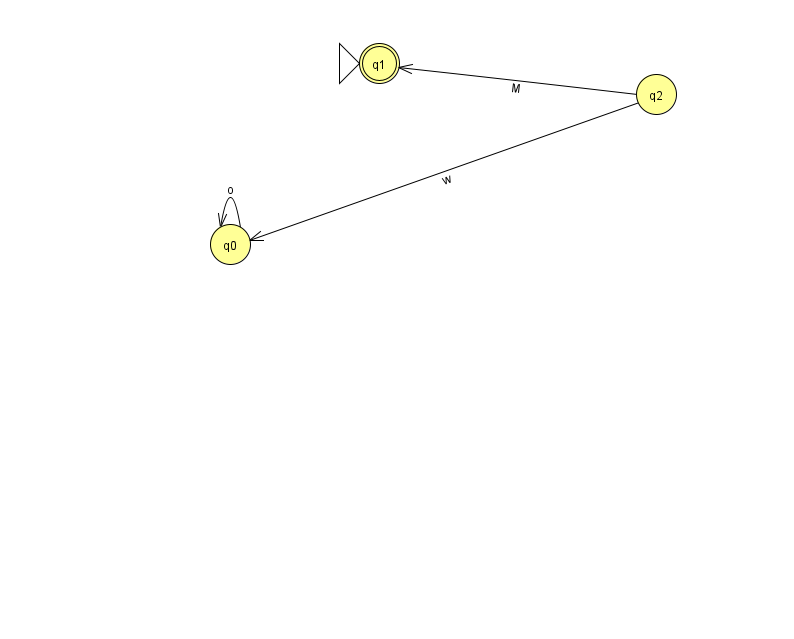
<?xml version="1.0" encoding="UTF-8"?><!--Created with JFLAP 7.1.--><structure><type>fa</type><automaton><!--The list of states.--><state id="0" name="q0"><x>230.0</x><y>231.0</y></state><state id="1" name="q1"><x>379.0</x><y>50.0</y><initial/><final/></state><state id="2" name="q2"><x>656.0</x><y>81.0</y></state><!--The list of transitions.--><transition><from>2</from><to>0</to><read>w</read></transition><transition><from>2</from><to>1</to><read>M</read></transition><transition><from>0</from><to>0</to><read>o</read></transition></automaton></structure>